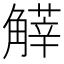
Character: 𧤱